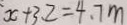
x + 3 . 2 = 4 . 7 m